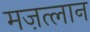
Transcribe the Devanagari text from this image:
मज़त्लान